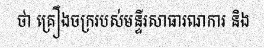
ថា គ្រឿងចក្ររបស់មន្ទីរសាធារណការ និង